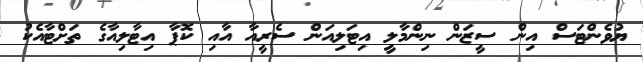
ޔުވެންޓަސް އިން ސީޒަން ނިންމާލީ އިޓަލިއަން ސެރީއާ އާއި ކޮޕާ އިޓާލިއާގެ ތަށްޓާއެކު